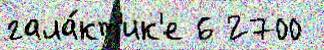
гала́кт'ик'е 6 2700